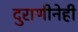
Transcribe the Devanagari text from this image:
दुराणीनेही